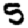
Digit: 5